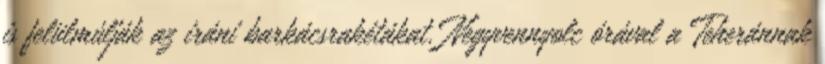
is felülmúlják az iráni barkácsrakétákat. Negyvennyolc órával a Teheránnak